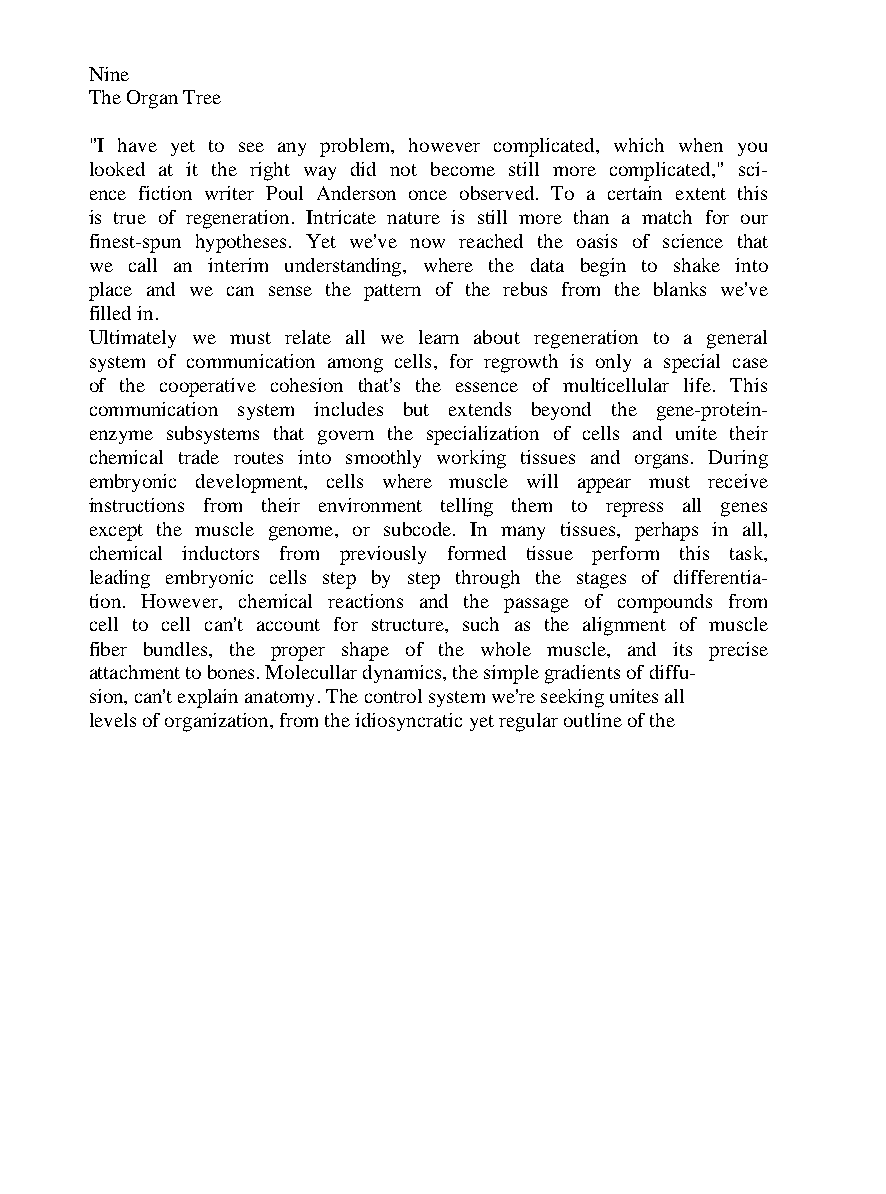
Nine
 The Organ Tree
 "I have yet to see any problem, however complicated, which when you
 looked at it the right way did not become still more complicated," sci-
 ence fiction writer Poul Anderson once observed. To a certain extent this
 is true of regeneration. Intricate nature is still more than a match for our
 finest-spun hypotheses. Yet we've now reached the oasis of science that
 we call an interim understanding, where the data begin to shake into
 place and we can sense the pattern of the rebus from the blanks we've
 filled in.
 Ultimately we must relate all we learn about regeneration to a general
 system of communication among cells, for regrowth is only a special case
 of the cooperative cohesion that's the essence of multicellular life. This
 communication system includes but extends beyond the gene-protein-
 enzyme subsystems that govern the specialization of cells and unite their
 chemical trade routes into smoothly working tissues and organs. During
 embryonic development, cells where muscle will appear must receive
 instructions from their environment telling them to repress all genes
 except the muscle genome, or subcode. In many tissues, perhaps in all,
 chemical inductors from previously formed tissue perform this task,
 leading embryonic cells step by step through the stages of differentia-
 tion. However, chemical reactions and the passage of compounds from
 cell to cell can't account for structure, such as the alignment of muscle
 fiber bundles, the proper shape of the whole muscle, and its precise
 attachment to bones. Molecullar dynamics, the simple gradients of diffu-
 sion, can't explain anatomy. The control system we're seeking unites all
 levels of organization, from the idiosyncratic yet regular outline of the